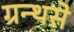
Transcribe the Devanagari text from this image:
ग्रन्थसे